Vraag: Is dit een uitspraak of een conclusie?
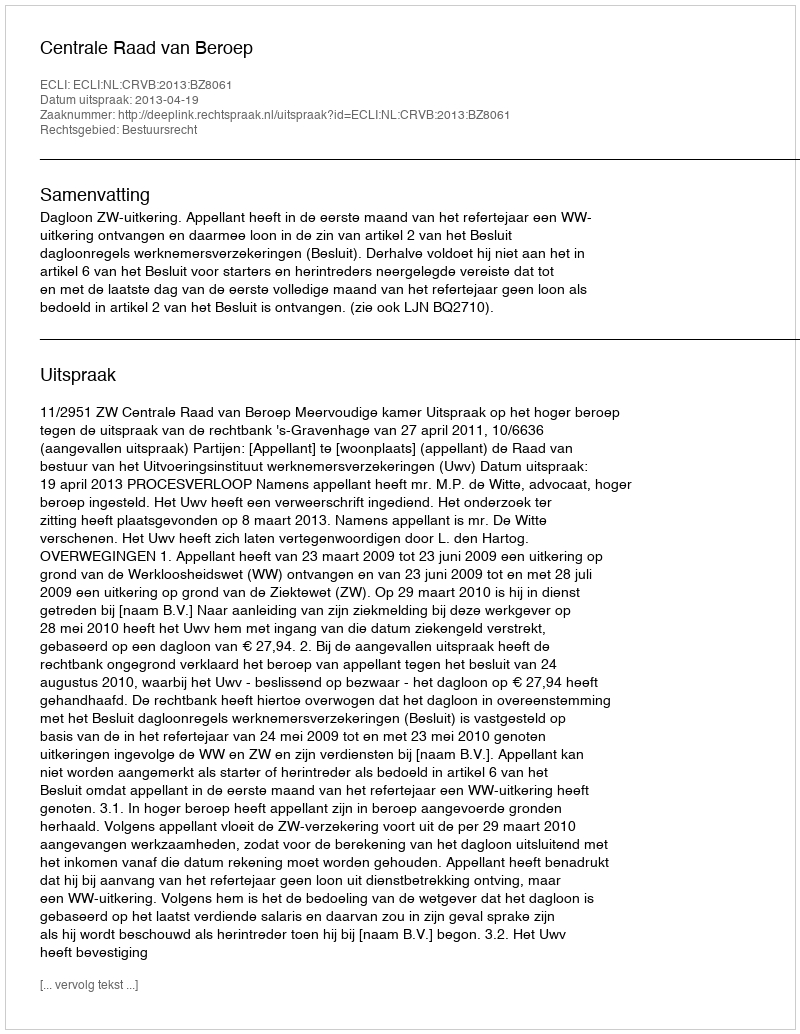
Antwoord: Uitspraak